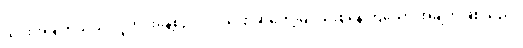
ယင်းအချက်သည် လူတိုင်းနေ့စဉ်လိုလို ပြောဆိုတွေ့မြင်သုံးစွဲနေကြသော အချက်ဖြစ်သည်။